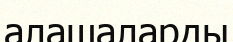
алашаларды